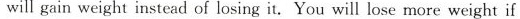
will gain weight instead of losing it. You will lose more weight if